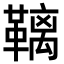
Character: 𮧩